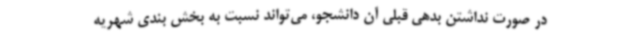
در صورت نداشتن بدهی قبلی آن دانشجو، می‌تواند نسبت به بخش بندی شهریه